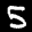
Label: 5